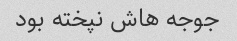
جوجه هاش نپخته بود